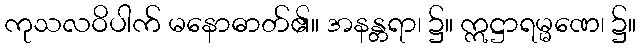
ကုသလဝိပါက် မနောဓာတ်၏။ အနန္တရာ၊ ၌။ ဣဋ္ဌာရမ္မဏေ၊ ၌။